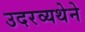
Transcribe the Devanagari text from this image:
उदरव्यथेने